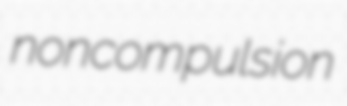
noncompulsion